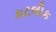
કટલીક